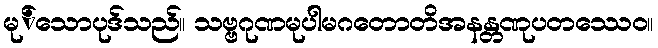
မု်သောပုဒ်သည်။ သဗ္ဗဂုဏမုပါမဂတောတိအနန္တဏုပတဿေဝ။